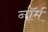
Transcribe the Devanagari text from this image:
नाॅर्म